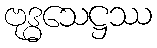
ဗုဒ္ဓသေဋ္ဌဿ